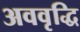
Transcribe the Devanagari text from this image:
अववृद्धि